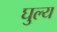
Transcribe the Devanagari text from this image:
घुल्य